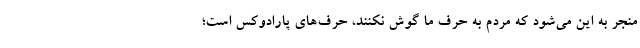
منجر به این می‌شود که مردم به حرف ما گوش نکنند، حرف‌های پارادوکس است؛